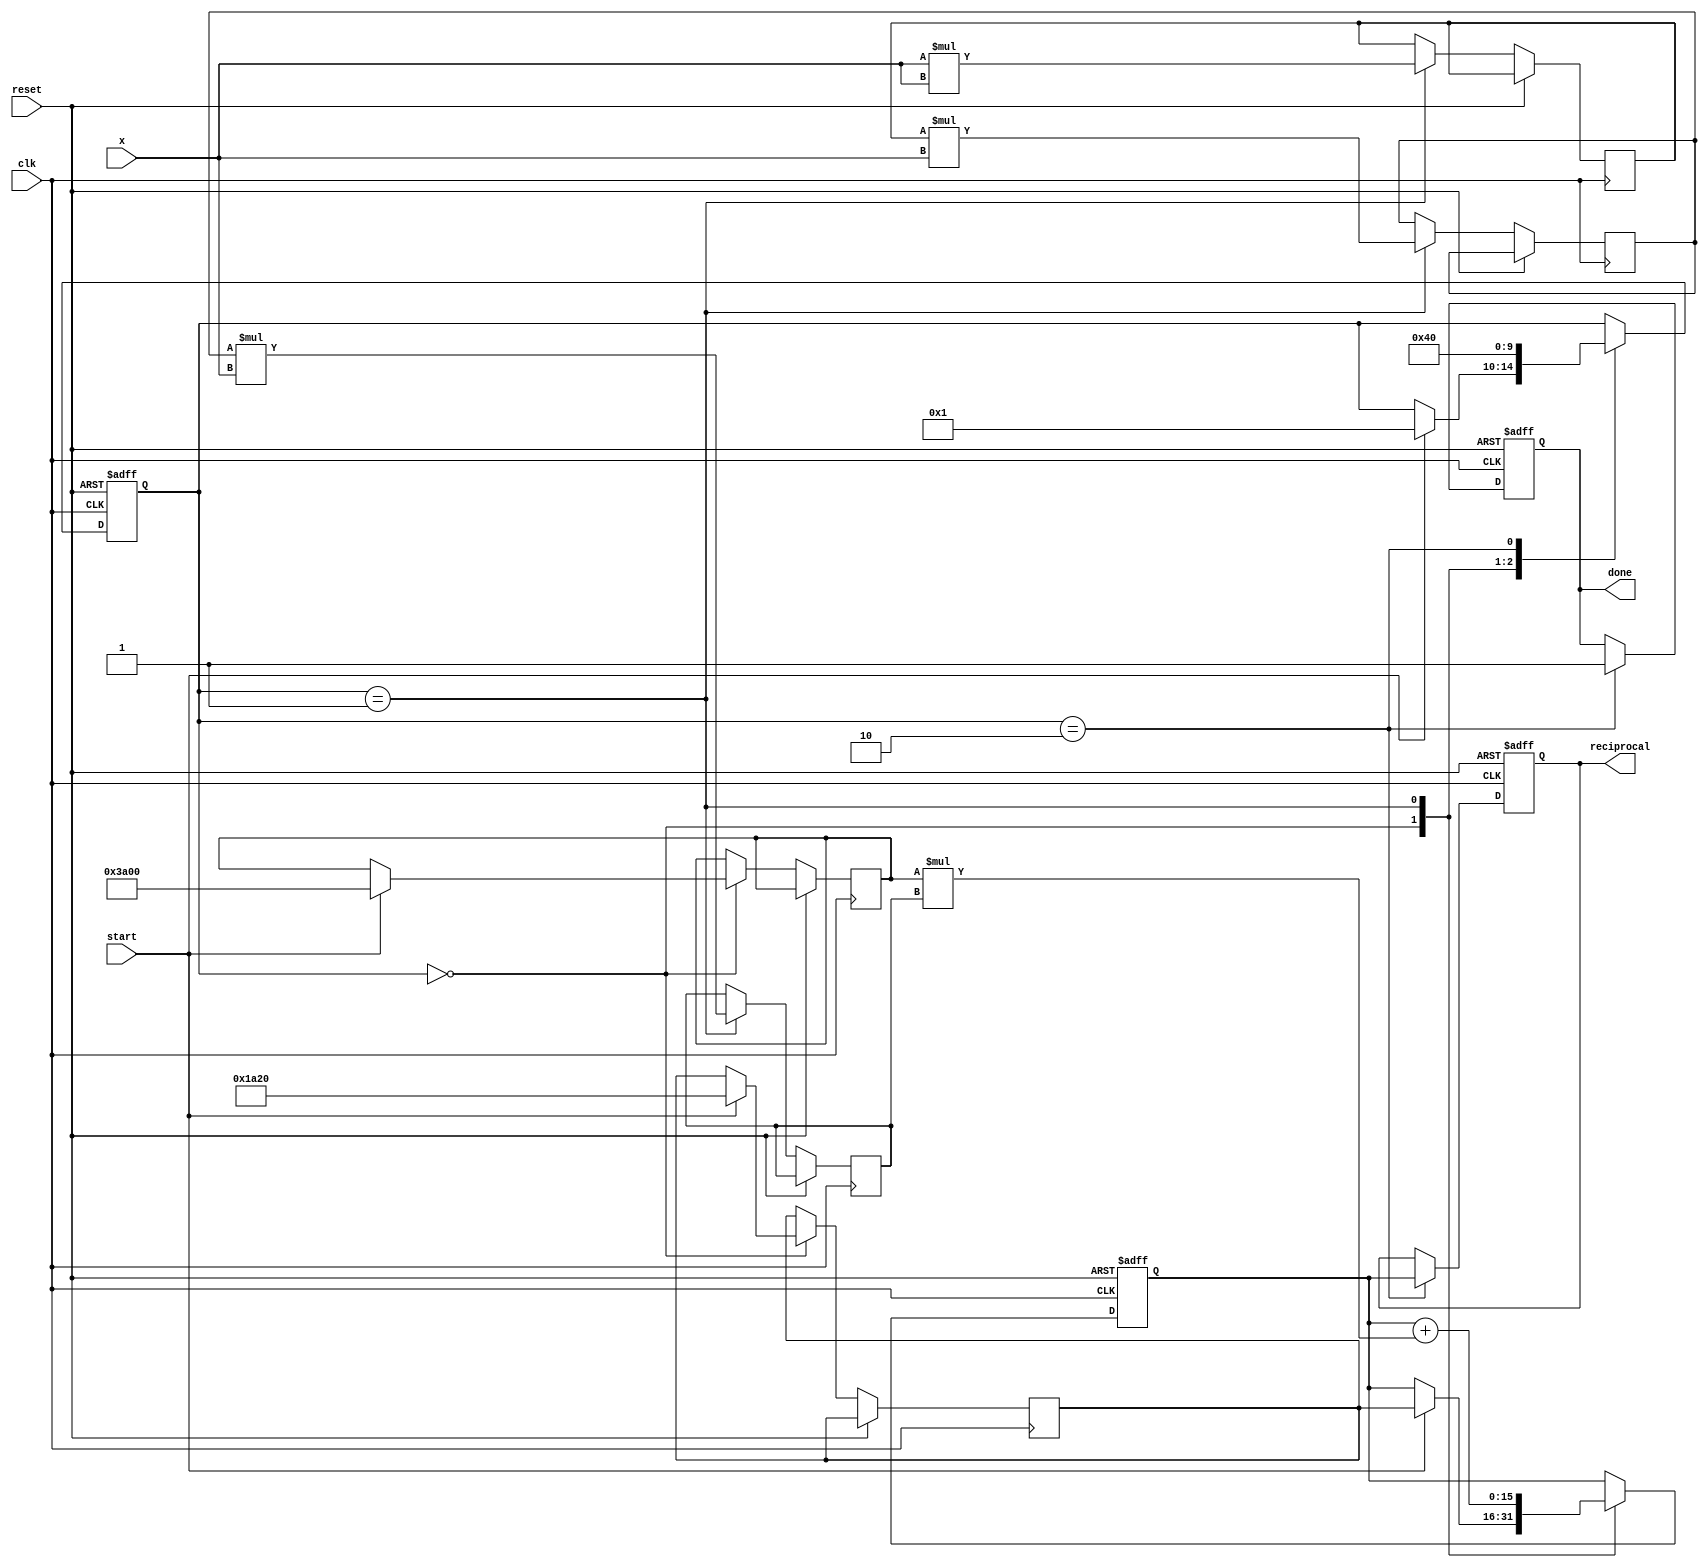
module poly_reciprocal(
    input wire [15:0] x, // 16-bit fixed point input
    output reg [15:0] reciprocal, // 16-bit fixed point output
    input wire clk,
    input wire reset,
    input wire start,
    output reg done
);

// Coefficients for polynomial approximation (example values)
// R(x) = c_0 + c_1 * x + c_2 * x^2 + ... + c_n * x^n
// These coefficients should be determined using proper approximation methods.
parameter c0 = 16'h1A20; // 1.1010 0010 0000 (approx. 1.14 in fixed-point)
parameter c1 = 16'hE7C0; // -7.1594
parameter c2 = 16'hA000; // 5.0
parameter c3 = 16'hE4C0; // -2.5
parameter c4 = 16'h3A00; // 0.5
parameter c5 = 16'h1600; // 1/16
parameter c6 = 16'h0C00; // 1/64
parameter c7 = 16'h500;  // 1/256
parameter c8 = 16'h200;  // 1/1024

// Polynomial coefficients storage 
reg [15:0] coeff[0:8];

reg [15:0] x_squared;
reg [15:0] x_cubed;
reg [15:0] x_quad;
reg [15:0] result;
reg [4:0] state; // State variable
localparam IDLE = 0, COMPUTE = 1, OUTPUT = 2;

always @(posedge clk or posedge reset) begin
    if (reset) begin
        done <= 0;
        reciprocal <= 16'h0;
        result <= 16'h0;
        state <= IDLE;
    end else begin
        case (state)
            IDLE: begin
                if (start) begin
                    // Load coefficients
                    coeff[0] <= c0;
                    coeff[1] <= c1;
                    coeff[2] <= c2;
                    coeff[3] <= c3;
                    coeff[4] <= c4;
                    coeff[5] <= c5;
                    coeff[6] <= c6;
                    coeff[7] <= c7;
                    coeff[8] <= c8;

                    // Start polynomial evaluation
                    result <= coeff[0]; // Start with c_0
                    state <= COMPUTE;
                end
            end
            
            COMPUTE: begin
                // Perform polynomial evaluation using Horner's method
                x_squared <= x * x; // x^2
                x_cubed <= x_squared * x; // x^3
                x_quad <= x_cubed * x; // x^4

                // Polynomial R(x) using the defined coefficients
                result <= result + (coeff[1] * x);
                result <= result + (coeff[2] * x_squared);
                result <= result + (coeff[3] * x_cubed);
                result <= result + (coeff[4] * x_quad);
                // Add higher terms if necessary...

                state <= OUTPUT;
            end

            OUTPUT: begin
                reciprocal <= result; // Set output
                done <= 1; // Signal that computation is done
                state <= IDLE; // Go back to IDLE state
            end
        endcase
    end
end

endmodule